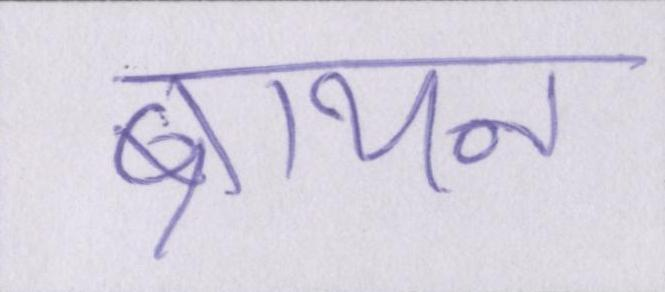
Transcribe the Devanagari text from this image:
ब्रायन